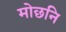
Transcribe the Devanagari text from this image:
मोछनि